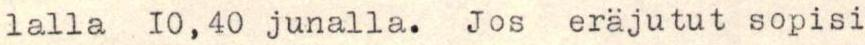
lalla 10,40 junalla. Jos eräjutut sopisi